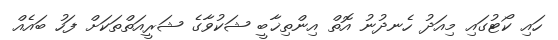
ހައި ކޯޓުގައި މިއަދު ހެނދުނު އޮތް އިންތިޚާބީ ޝަކުވާގެ ޝަރީއަތްތަކަށް ފަހު ބައެއް